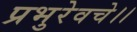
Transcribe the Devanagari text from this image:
प्रभुरेवचे।।